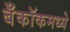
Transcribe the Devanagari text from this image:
बँकॉकमध्ये